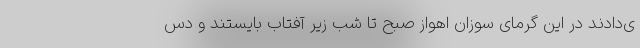
ی‌دادند در این گرمای سوزان اهواز صبح تا شب زیر آفتاب بایستند و دس